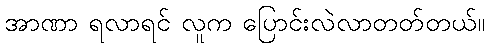
အာဏာ ရလာရင် လူက ပြောင်းလဲလာတတ်တယ်။